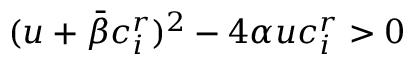
( u + \bar { \beta } c _ { i } ^ { r } ) ^ { 2 } - 4 \alpha u c _ { i } ^ { r } > 0